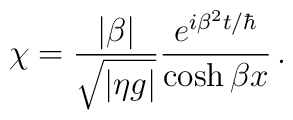
\chi = {|\beta| \over \sqrt{|\eta g|}}{ e^{i \beta^2 t/\hbar} \over \cosh \beta x}\,.